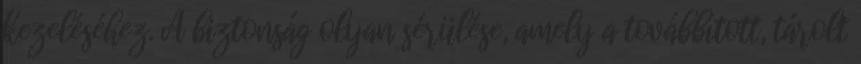
kezeléséhez. A biztonság olyan sérülése, amely a továbbított, tárolt